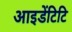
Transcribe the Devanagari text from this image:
आइडेंटिटि